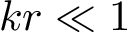
k r \ll 1